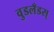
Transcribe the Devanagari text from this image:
वुडलँडस्